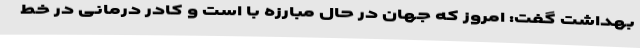
بهداشت گفت: امروز که جهان در حال مبارزه با است و کادر درمانی در خط